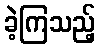
ခဲ့ကြသည့်